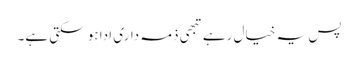
پس یہ خیال رہے تبھی ذمہ داری ادا ہو سکتی ہے۔